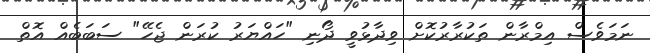
ނަމަވެސް އިމްރާން ތަކުރާރުކޮށް ވިދާޅުވީ ދޯނި "ހައްޔަރު ކުރަން ޖެހޭ" ސަބަބެއް އޮތް